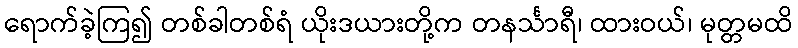
ရောက်ခဲ့ကြ၍ တစ်ခါတစ်ရံ ယိုးဒယားတို့က တနင်္သာရီ၊ ထားဝယ်၊ မုတ္တမထိ